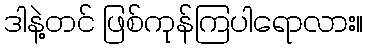
ဒါနဲ့တင် ဖြစ်ကုန်ကြပါရောလား။